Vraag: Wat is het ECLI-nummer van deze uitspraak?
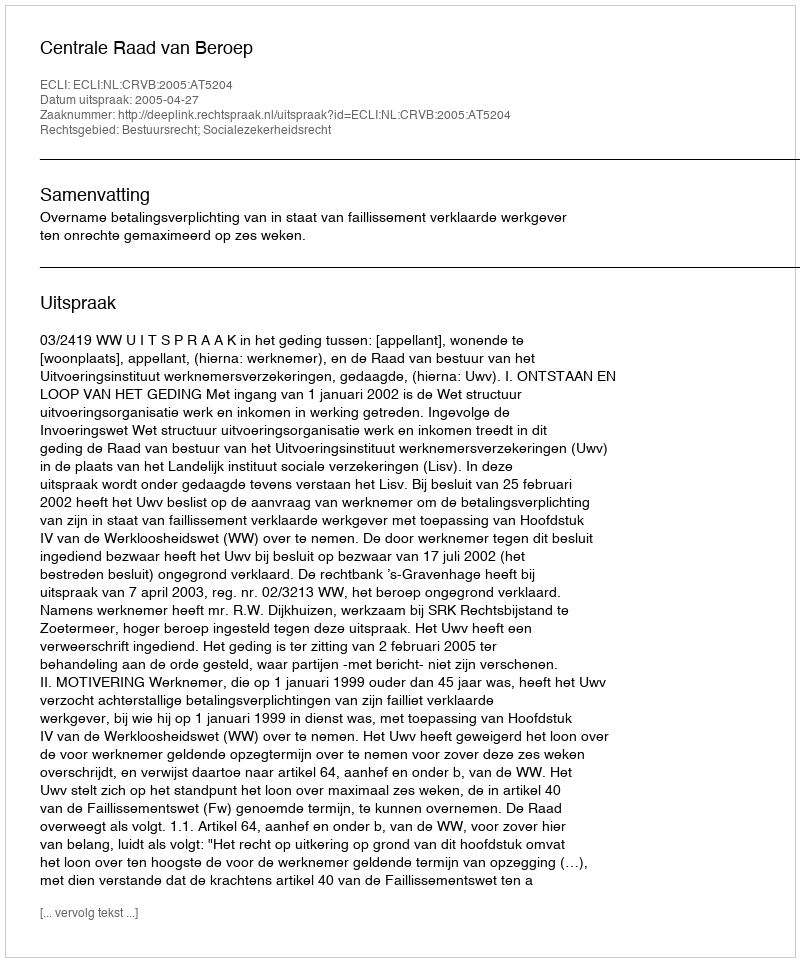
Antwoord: ECLI:NL:CRVB:2005:AT5204